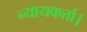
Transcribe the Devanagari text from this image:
न्यायकर्त्ता।